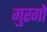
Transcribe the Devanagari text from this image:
गुरगो